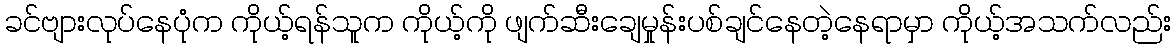
ခင်ဗျားလုပ်နေပုံက ကိုယ့်ရန်သူက ကိုယ့်ကို ဖျက်ဆီးချေမှုန်းပစ်ချင်နေတဲ့နေရာမှာ ကိုယ့်အသက်လည်း